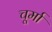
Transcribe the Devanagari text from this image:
चूर्मा